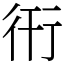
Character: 衎